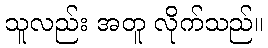
သူလည်း အတူ လိုက်သည်။